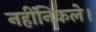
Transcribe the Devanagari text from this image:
नहींनिकले।